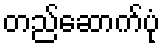
တည်ဆောက်ပုံ